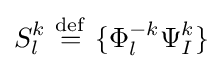
S_{l}^{k}\ {\stackrel {\mathrm {def} }{=}}\ \{\Phi _{l}^{-k}\Psi _{I}^{k}\}